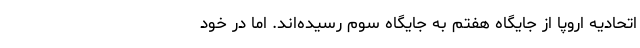
اتحادیه اروپا از جایگاه هفتم به جایگاه سوم رسیده‌اند. اما در خود